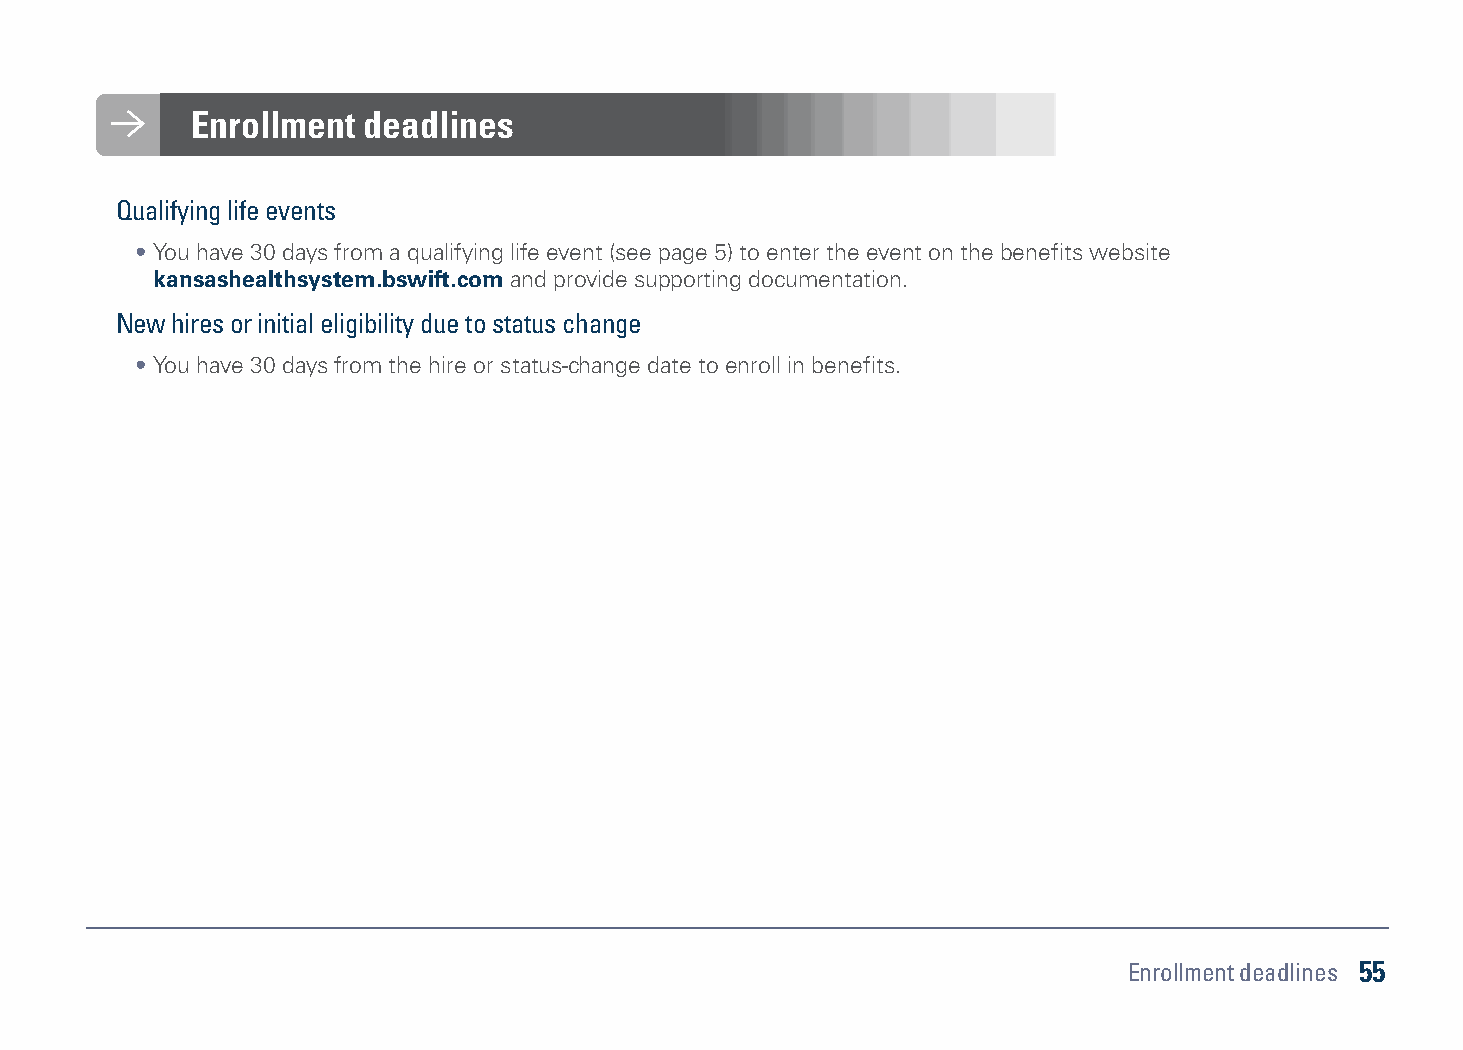
Enrollment deadlines
 Qualifying life events
 • You have 30 days from a qualifying life event (see page 5) to enter the event on the benefits website
 kansashealthsystem.bswift.com and provide supporting documentation.
 New hires or initial eligibility due to status change
 • You have 30 days from the hire or status-change date to enroll in benefits.
 Enrollment deadlines 55